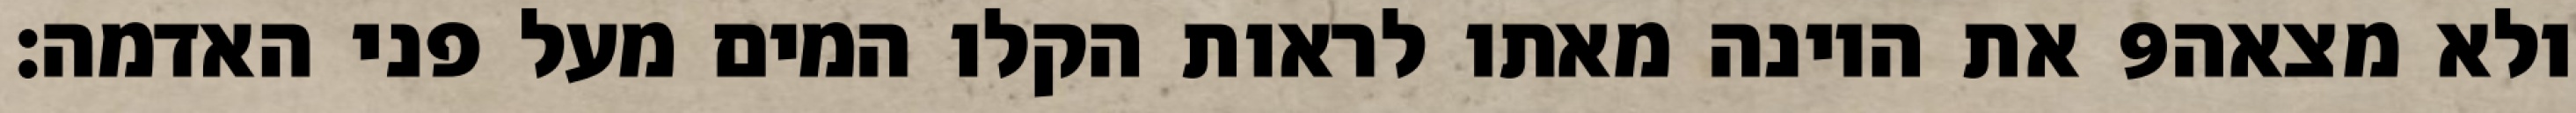
את היונה מאתו לראות הקלו המים מעל פני האדמה׃ ‎9‏ ולא מצאה